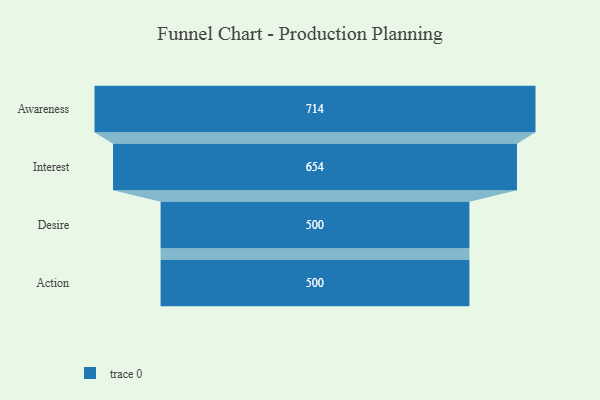
{"axis": {"x": "Stage", "y": "Value"}, "legend": [""], "data": [{"x": "Awareness", "y": 714.0, "type": ""}, {"x": "Interest", "y": 654.0, "type": ""}, {"x": "Desire", "y": 500, "type": ""}, {"x": "Action", "y": 500, "type": ""}]}